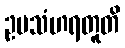
ဥပသံဟရတူတိ